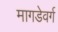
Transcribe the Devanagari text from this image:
मागडेवर्ग